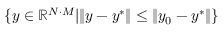
\{ y \in \mathbb { R } ^ { N \cdot M } | \| y - y ^ { * } \| \leq \| y _ { 0 } - y ^ { * } \| \}